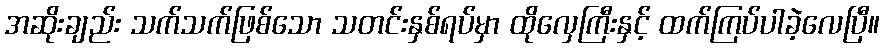
အဆိုးချည်း သက်သက်ဖြစ်သော သတင်းနှစ်ရပ်မှာ ထိုလှေကြီးနှင့် ထက်ကြပ်ပါခဲ့လေပြီ။